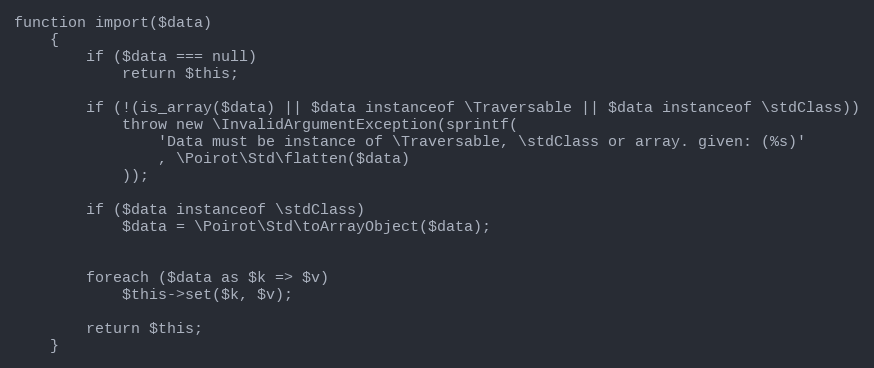
Language: PHP
function import($data)
    {
        if ($data === null)
            return $this;

        if (!(is_array($data) || $data instanceof \Traversable || $data instanceof \stdClass))
            throw new \InvalidArgumentException(sprintf(
                'Data must be instance of \Traversable, \stdClass or array. given: (%s)'
                , \Poirot\Std\flatten($data)
            ));

        if ($data instanceof \stdClass)
            $data = \Poirot\Std\toArrayObject($data);

        foreach ($data as $k => $v)
            $this->set($k, $v);

        return $this;
    }